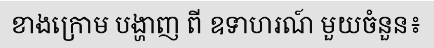
ខាងក្រោម បង្ហាញ ពី ឧទាហរណ៍ មួយចំនួន៖